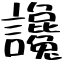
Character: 讒